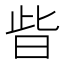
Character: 㫮